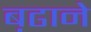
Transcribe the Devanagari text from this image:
ब़ढाने